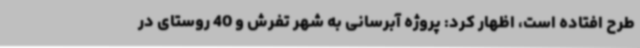
طرح افتاده است، اظهار کرد: پروژه آبرسانی به شهر تفرش و 40 روستای در